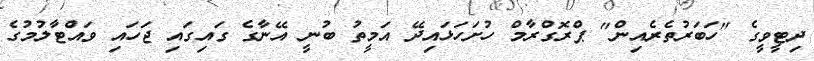
ދިޓީވީގެ "ހަބަރުތެރެއިން" ޕްރޮގްރާމް ހުށަހަޅައިދޭ އަމީތު ބުނީ އޭނާގެ ގައިގައި ޖަހައި ވައްޓާލުމުގެ